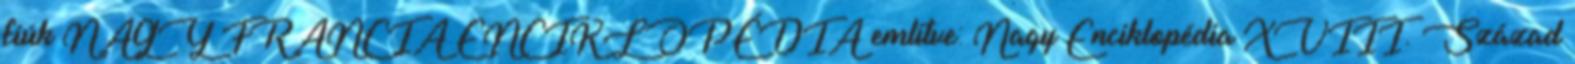
fiúk NAGY FRANCIA ENCIKLOPÉDIA említve: Nagy Enciklopédia XVIII. Század